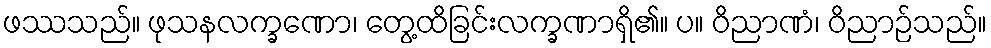
ဖဿသည်။ ဖုသနလက္ခဏော၊ တွေ့ထိခြင်းလက္ခဏာရှိ၏။ ပ။ ဝိညာဏံ၊ ဝိညာဉ်သည်။